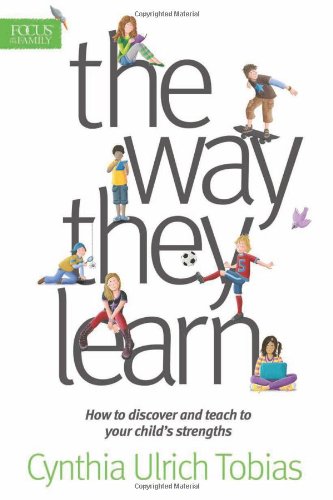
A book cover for The Way They Learn; Cynthia Ulrich Tobias; Education & Teaching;